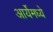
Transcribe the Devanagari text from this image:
आर्येमध्ये